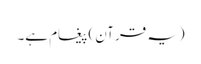
(یہ قرآن) پیغام ہے۔